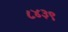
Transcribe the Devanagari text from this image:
८४३९